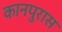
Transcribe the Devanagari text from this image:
कानपुरास